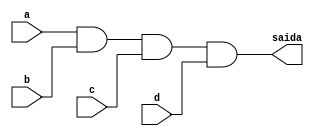
//--Nome: Paulo Henrique de Almeida Amorim - 412765--
//--questao j da prova--

module metodoprovaj ( saida,a,b,c,d );

output saida;
input a,b,c,d;

and AND1 (saida,a,b,c,d);

endmodule
 
module testprova1;
reg a,b,c,d;
wire saida;

metodoprovaj PROVAJ ( saida,a,b,c,d );

initial begin:start
        a=0; b=0; c=0; d=0;
end

initial begin: main
#1 $display (" Circuito da questao j ");
#1 $display (" a |  b |  c |  d  =  saida ");
  $monitor (" %b  | %b  | %b |  %b  =   %b ",a,b,c,d,saida);
           #1 a=0;    b=0;   c=0;   d=1;
			  #1 a=0;    b=0;   c=1;   d=0;
			  #1 a=0;    b=0;   c=1;   d=1;
			  #1 a=0;    b=1;   c=0;   d=0;
			  #1 a=0;    b=1;   c=0;   d=1;
			  #1 a=0;    b=1;   c=1;   d=0;
			  #1 a=0;    b=1;   c=1;   d=1;
			  #1 a=1;    b=0;   c=0;   d=0;
			  #1 a=1;    b=0;   c=0;   d=1;
			  #1 a=1;    b=0;   c=1;   d=0;
			  #1 a=1;    b=0;   c=1;   d=1;
			  #1 a=1;    b=1;   c=0;   d=0;
			  #1 a=1;    b=1;   c=0;   d=1;
			  #1 a=1;    b=1;   c=1;   d=0;
			  #1 a=1;    b=1;   c=1;   d=1;
			  
			  
			  
end
endmodule